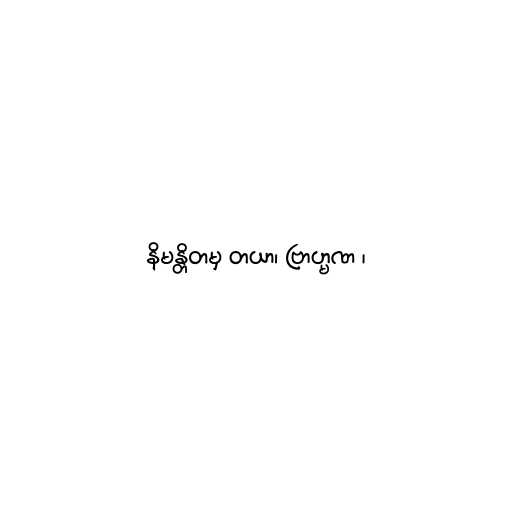
နိမန္တိတမှ တယာ၊ ဗြာဟ္မဏ ၊